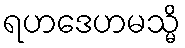
ရဟဒေဟမသ္မိ